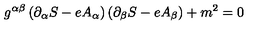
g ^ { \alpha \beta } \left( \partial _ { \alpha } S - e A _ { \alpha } \right) \left( \partial _ { \beta } S - e A _ { \beta } \right) + m ^ { 2 } = 0